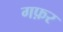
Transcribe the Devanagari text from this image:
गफ़र